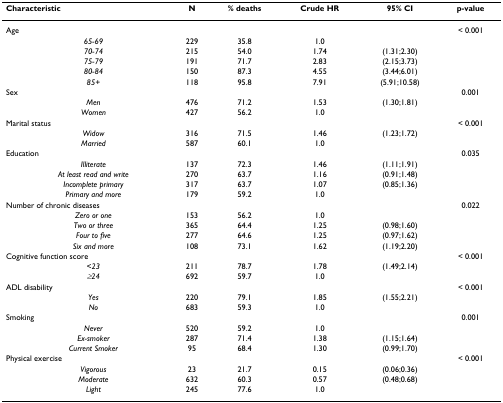
<table><thead><tr><td><b>Characteristic</b></td><td><b>N</b></td><td><b>% deaths</b></td><td><b>Crude HR</b></td><td><b>95% CI</b></td><td><b>p-value</b></td></tr></thead><tbody><tr><td>Age</td><td></td><td></td><td></td><td></td><td>&lt; 0.001</td></tr><tr><td> <i>65-69</i></td><td>229</td><td>35.8</td><td>1.0</td><td></td><td></td></tr><tr><td> <i>70-74</i></td><td>215</td><td>54.0</td><td>1.74</td><td>(1.31;2.30)</td><td></td></tr><tr><td> <i>75-79</i></td><td>191</td><td>71.7</td><td>2.83</td><td>(2.15;3.73)</td><td></td></tr><tr><td> <i>80-84</i></td><td>150</td><td>87.3</td><td>4.55</td><td>(3.44;6.01)</td><td></td></tr><tr><td> <i>85+</i></td><td>118</td><td>95.8</td><td>7.91</td><td>(5.91;10.58)</td><td></td></tr><tr><td>Sex</td><td></td><td></td><td></td><td></td><td>0.001</td></tr><tr><td> <i>Men</i></td><td>476</td><td>71.2</td><td>1.53</td><td>(1.30;1.81)</td><td></td></tr><tr><td> <i>Women</i></td><td>427</td><td>56.2</td><td>1.0</td><td></td><td></td></tr><tr><td>Marital status</td><td></td><td></td><td></td><td></td><td>&lt; 0.001</td></tr><tr><td> <i>Widow</i></td><td>316</td><td>71.5</td><td>1.46</td><td>(1.23;1.72)</td><td></td></tr><tr><td> <i>Married</i></td><td>587</td><td>60.1</td><td>1.0</td><td></td><td></td></tr><tr><td>Education</td><td></td><td></td><td></td><td></td><td>0.035</td></tr><tr><td> <i>Illiterate</i></td><td>137</td><td>72.3</td><td>1.46</td><td>(1.11;1.91)</td><td></td></tr><tr><td> <i>At least read and write</i></td><td>270</td><td>63.7</td><td>1.16</td><td>(0.91;1.48)</td><td></td></tr><tr><td> <i>Incomplete primary</i></td><td>317</td><td>63.7</td><td>1.07</td><td>(0.85;1.36)</td><td></td></tr><tr><td> <i>Primary and more</i></td><td>179</td><td>59.2</td><td>1.0</td><td></td><td></td></tr><tr><td>Number of chronic diseases</td><td></td><td></td><td></td><td></td><td>0.022</td></tr><tr><td> <i>Zero or one</i></td><td>153</td><td>56.2</td><td>1.0</td><td></td><td></td></tr><tr><td> <i>Two or three</i></td><td>365</td><td>64.4</td><td>1.25</td><td>(0.98;1.60)</td><td></td></tr><tr><td> <i>Four to five</i></td><td>277</td><td>64.6</td><td>1.25</td><td>(0.97;1.62)</td><td></td></tr><tr><td> <i>Six and more</i></td><td>108</td><td>73.1</td><td>1.62</td><td>(1.19;2.20)</td><td></td></tr><tr><td>Cognitive function score</td><td></td><td></td><td></td><td></td><td>&lt; 0.001</td></tr><tr><td> <i>&lt;23</i></td><td>211</td><td>78.7</td><td>1.78</td><td>(1.49;2.14)</td><td></td></tr><tr><td> <i>≥24</i></td><td>692</td><td>59.7</td><td>1.0</td><td></td><td></td></tr><tr><td>ADL disability</td><td></td><td></td><td></td><td></td><td>&lt; 0.001</td></tr><tr><td> <i>Yes</i></td><td>220</td><td>79.1</td><td>1.85</td><td>(1.55;2.21)</td><td></td></tr><tr><td> <i>No</i></td><td>683</td><td>59.3</td><td>1.0</td><td></td><td></td></tr><tr><td>Smoking</td><td></td><td></td><td></td><td></td><td>0.001</td></tr><tr><td> <i>Never</i></td><td>520</td><td>59.2</td><td>1.0</td><td></td><td></td></tr><tr><td> <i>Ex-smoker</i></td><td>287</td><td>71.4</td><td>1.38</td><td>(1.15;1.64)</td><td></td></tr><tr><td> <i>Current Smoker</i></td><td>95</td><td>68.4</td><td>1.30</td><td>(0.99;1.70)</td><td></td></tr><tr><td>Physical exercise</td><td></td><td></td><td></td><td></td><td>&lt; 0.001</td></tr><tr><td> <i>Vigorous</i></td><td>23</td><td>21.7</td><td>0.15</td><td>(0.06;0.36)</td><td></td></tr><tr><td> <i>Moderate</i></td><td>632</td><td>60.3</td><td>0.57</td><td>(0.48;0.68)</td><td></td></tr><tr><td> <i>Light</i></td><td>245</td><td>77.6</td><td>1.0</td><td></td><td></td></tr></tbody></table>